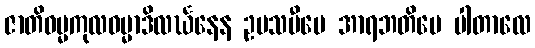
ဇာတိဓမ္မကုလဓမ္မာဒိလင်္ဃနေန ဥပသမီပေ အာရဘတိပေ ပါတာလေ